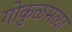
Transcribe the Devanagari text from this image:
गोकुळमळा